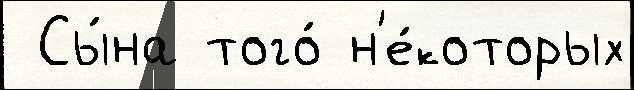
 Сы́на того́ н'е́которых